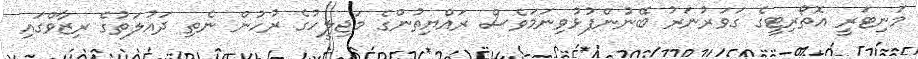
މަނިޓަރީ އޮތޯރިޓީގެ ގަވަރުނަރު ބޭނުންފުޅުވިނަމަވެސް ރައްޔިތުންގެ މަޖިލީހުގެ ރުހުން ނެތި ދައުލަތުގެ ރިޒާވްގައި